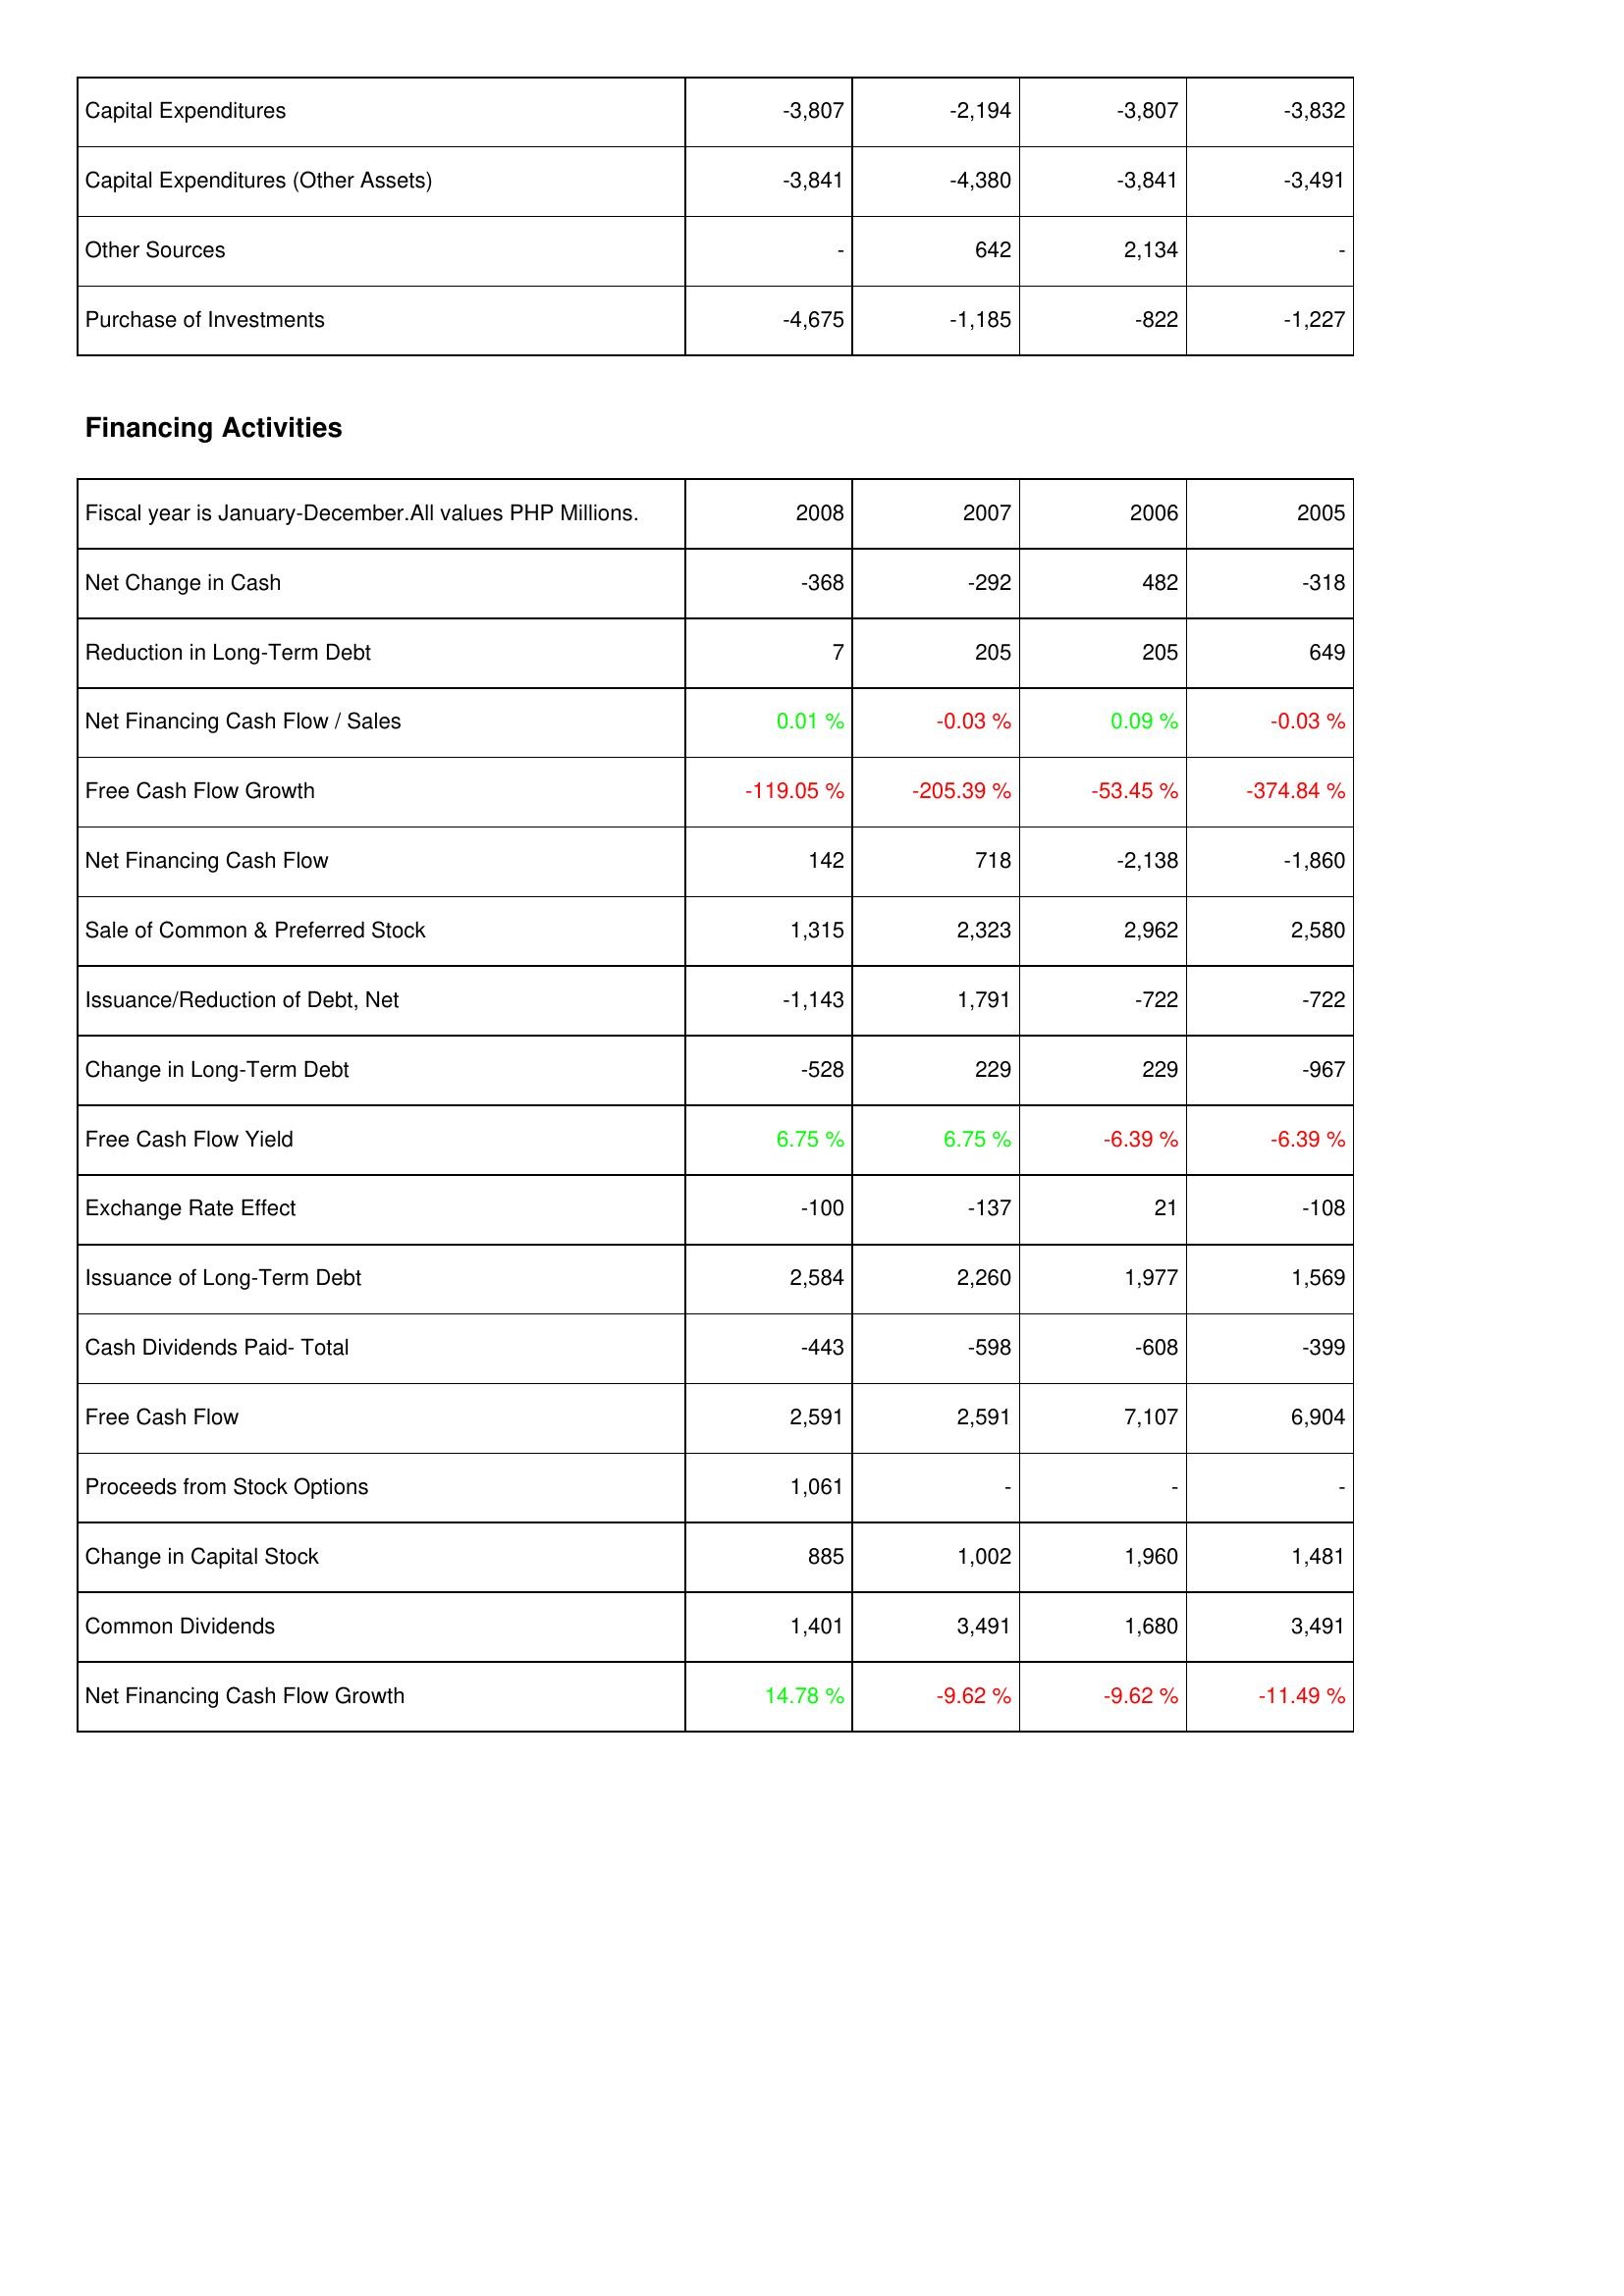
2008: Investing Activities: Capital Expenditures: -3,807
Capital Expenditures (Other Assets): -3,841
Other Sources: -
Purchase of Investments: -4,675
Financing Activities: Net Change in Cash: -368
Reduction in Long-Term Debt: 7
Net Financing Cash Flow / Sales: 0.01 %
Free Cash Flow Growth: -119.05 %
Net Financing Cash Flow: 142
Sale of Common & Preferred Stock: 1,315
Issuance/Reduction of Debt, Net: -1,143
Change in Long-Term Debt: -528
Free Cash Flow Yield: 6.75 %
Exchange Rate Effect: -100
Issuance of Long-Term Debt: 2,584
Cash Dividends Paid- Total: -443
Free Cash Flow: 2,591
Proceeds from Stock Options: 1,061
Change in Capital Stock: 885
Common Dividends: 1,401
Net Financing Cash Flow Growth: 14.78 %
2007: Investing Activities: Capital Expenditures: -2,194
Capital Expenditures (Other Assets): -4,380
Other Sources: 642
Purchase of Investments: -1,185
Financing Activities: Net Change in Cash: -292
Reduction in Long-Term Debt: 205
Net Financing Cash Flow / Sales: -0.03 %
Free Cash Flow Growth: -205.39 %
Net Financing Cash Flow: 718
Sale of Common & Preferred Stock: 2,323
Issuance/Reduction of Debt, Net: 1,791
Change in Long-Term Debt: 229
Free Cash Flow Yield: 6.75 %
Exchange Rate Effect: -137
Issuance of Long-Term Debt: 2,260
Cash Dividends Paid- Total: -598
Free Cash Flow: 2,591
Proceeds from Stock Options: -
Change in Capital Stock: 1,002
Common Dividends: 3,491
Net Financing Cash Flow Growth: -9.62 %
2006: Investing Activities: Capital Expenditures: -3,807
Capital Expenditures (Other Assets): -3,841
Other Sources: 2,134
Purchase of Investments: -822
Financing Activities: Net Change in Cash: 482
Reduction in Long-Term Debt: 205
Net Financing Cash Flow / Sales: 0.09 %
Free Cash Flow Growth: -53.45 %
Net Financing Cash Flow: -2,138
Sale of Common & Preferred Stock: 2,962
Issuance/Reduction of Debt, Net: -722
Change in Long-Term Debt: 229
Free Cash Flow Yield: -6.39 %
Exchange Rate Effect: 21
Issuance of Long-Term Debt: 1,977
Cash Dividends Paid- Total: -608
Free Cash Flow: 7,107
Proceeds from Stock Options: -
Change in Capital Stock: 1,960
Common Dividends: 1,680
Net Financing Cash Flow Growth: -9.62 %
2005: Investing Activities: Capital Expenditures: -3,832
Capital Expenditures (Other Assets): -3,491
Other Sources: -
Purchase of Investments: -1,227
Financing Activities: Net Change in Cash: -318
Reduction in Long-Term Debt: 649
Net Financing Cash Flow / Sales: -0.03 %
Free Cash Flow Growth: -374.84 %
Net Financing Cash Flow: -1,860
Sale of Common & Preferred Stock: 2,580
Issuance/Reduction of Debt, Net: -722
Change in Long-Term Debt: -967
Free Cash Flow Yield: -6.39 %
Exchange Rate Effect: -108
Issuance of Long-Term Debt: 1,569
Cash Dividends Paid- Total: -399
Free Cash Flow: 6,904
Proceeds from Stock Options: -
Change in Capital Stock: 1,481
Common Dividends: 3,491
Net Financing Cash Flow Growth: -11.49 %